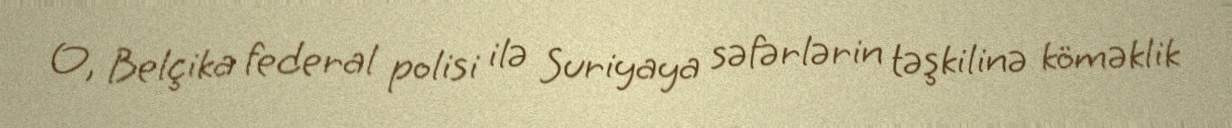
O, Belçika federal polisi ilə Suriyaya səfərlərin təşkilinə köməklik